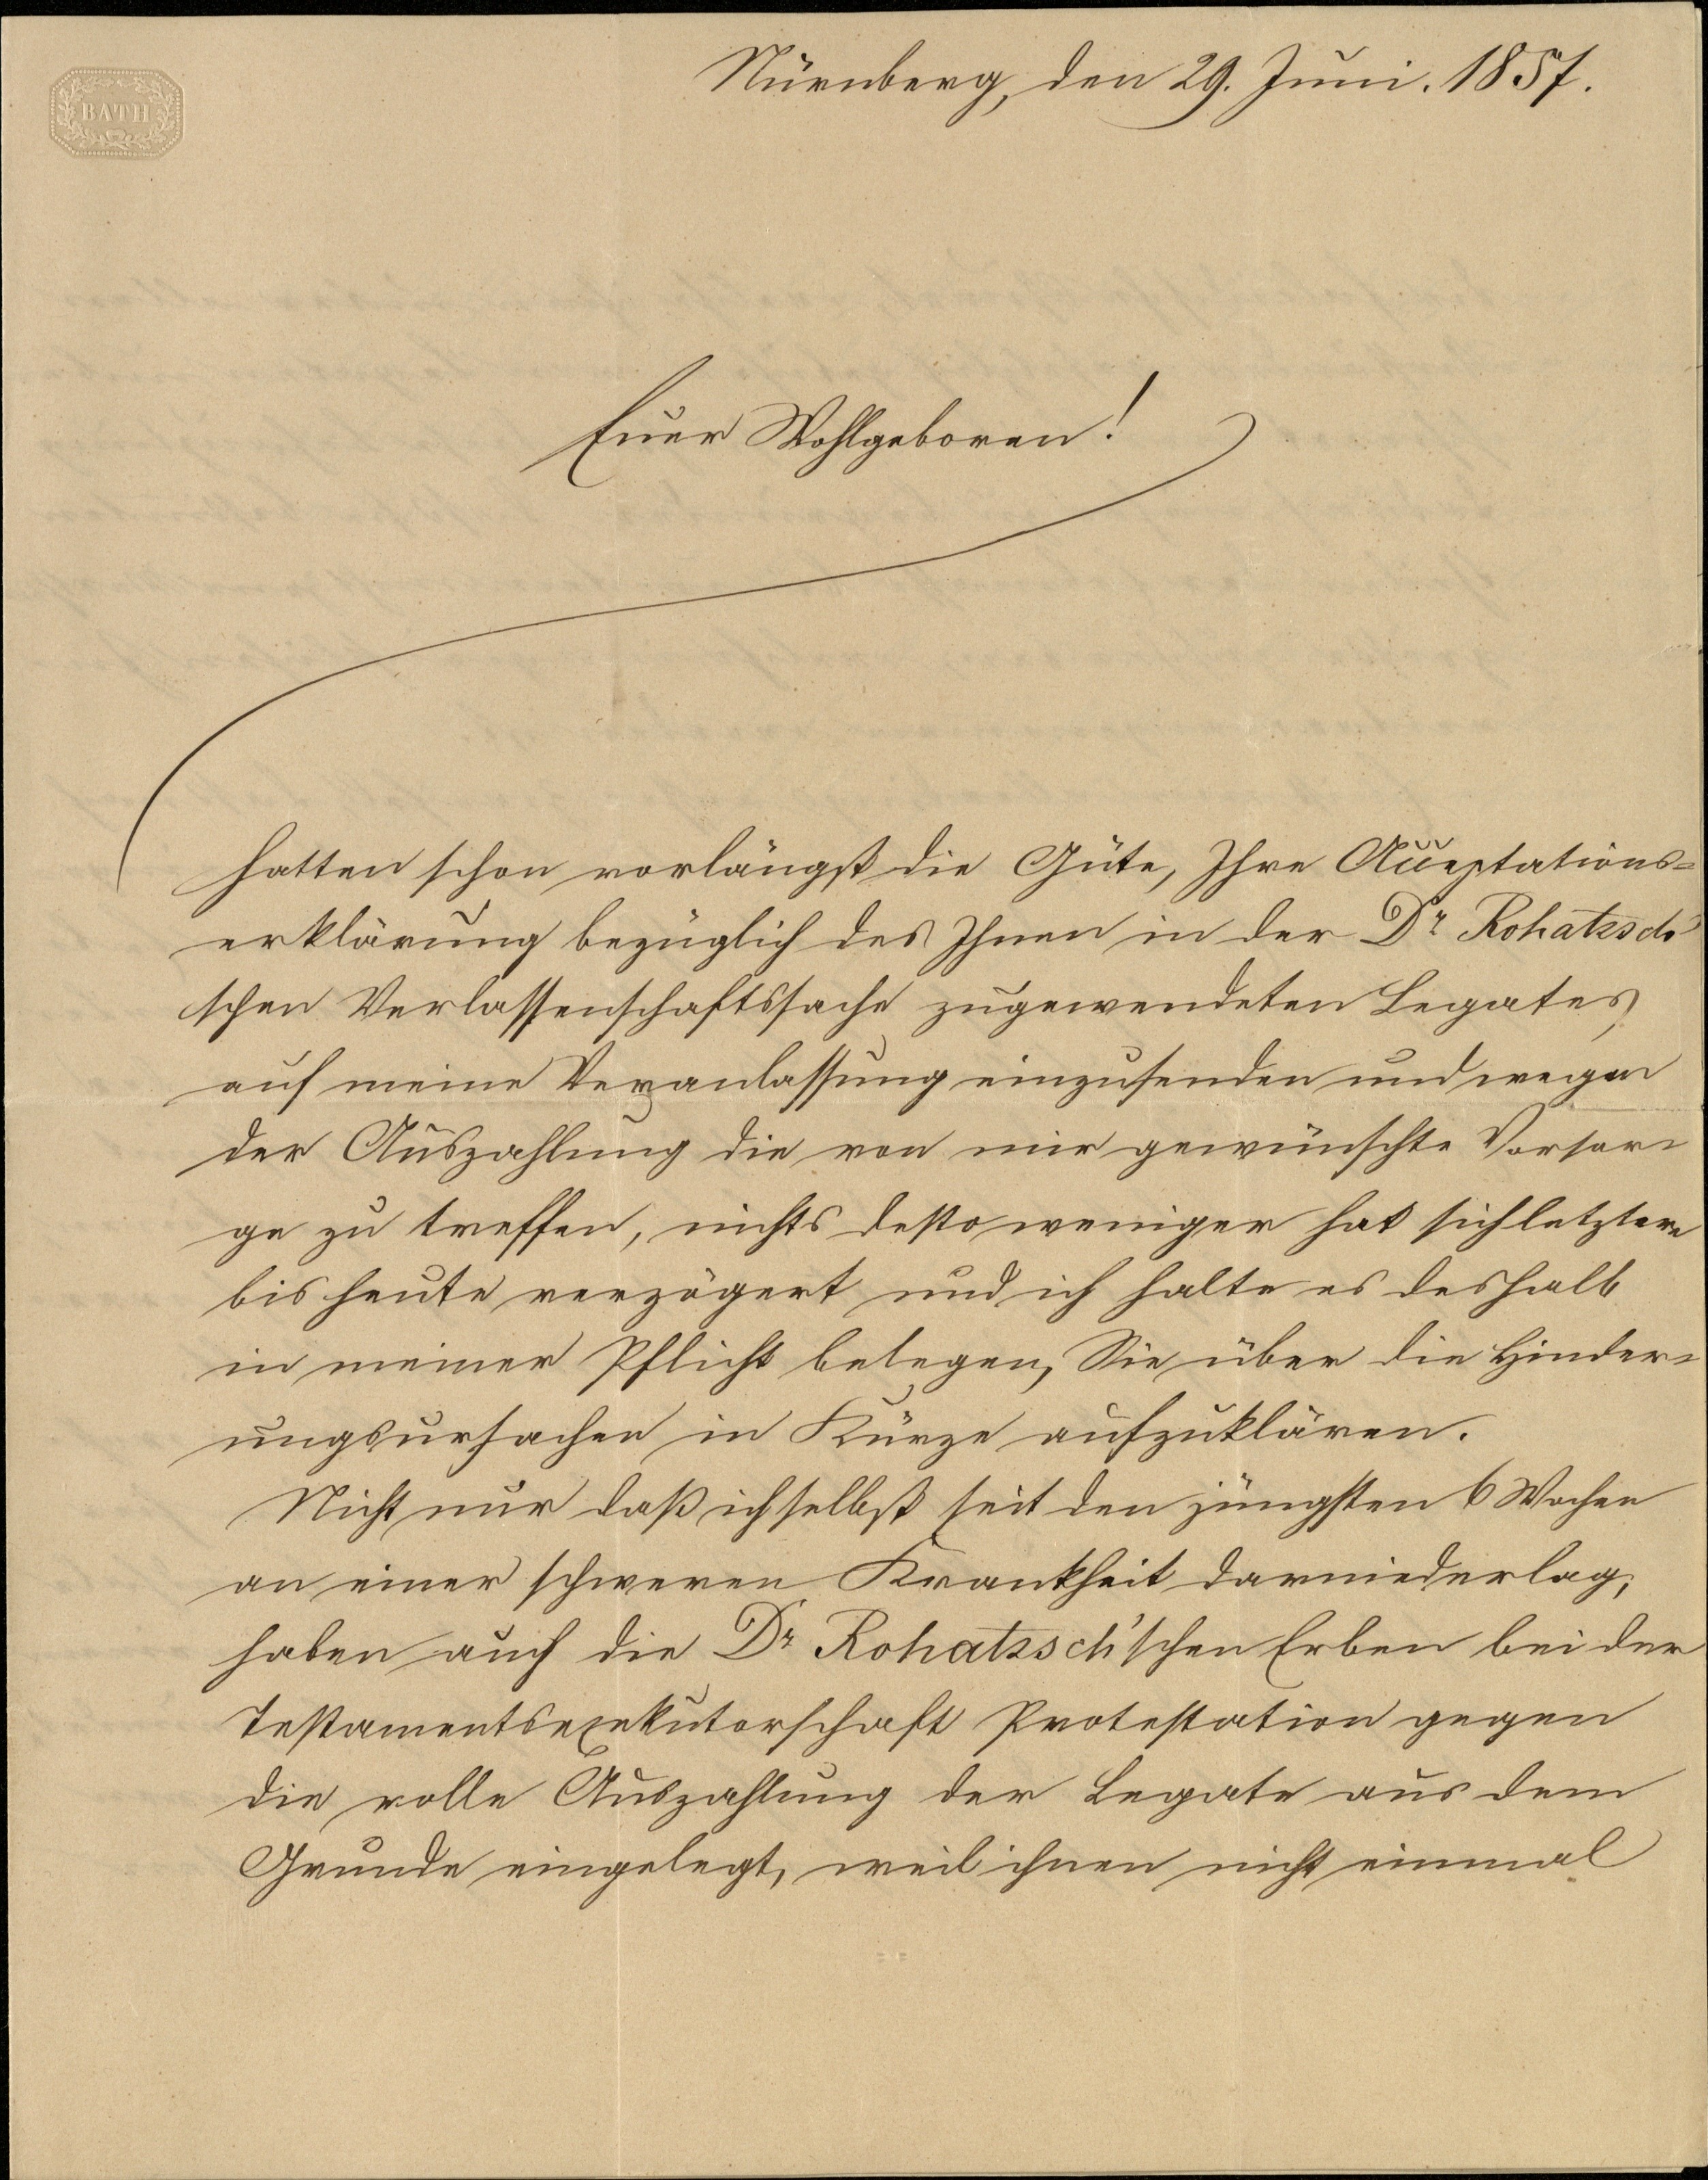
Nürnberg, den 29. Juni.1857.
Euer Wohlgeboren!
Hatten schon vorlängst die Güte, Ihre Aččeptations¬
erklärung bezüglich des Ihnen in der Dr. Rohatzsch¬
schen Verlassenschaftssache zugewendeten Legates
auf meine Veranlassung einzusenden und wegen
der Auszahlung die von mir gewünschte Vorsor¬
ge zu treffen, nichts desto weniger hat sich letztere
bis heute verzögert und ich halte es deshalb
in meiner Pflicht belegen, Sie über die hinder¬
ungsursachen in Kürze aufzuklären.
Nicht nur daß ich selbst seit den jüngsten 6 Wochen
an einer schweren Krankheit darnieder lag,
haben auch die Dr. Rohatzschschen Erben bei der
Testamentsexekutarschaft Protestation gegen
die volle Auszahlung der Legate aus dem
Grunde eingelegt, weil ihnen nicht einmal